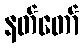
နတ်တော်